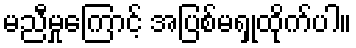
မညီမှုကြောင့် အပြစ်မရှုထိုက်ပါ။